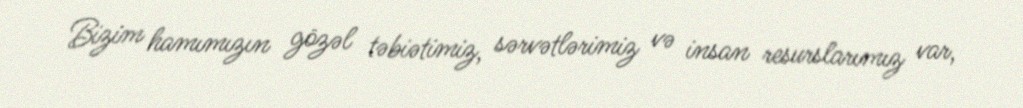
Bizim hamımızın gözəl təbiətimiz, sərvətlərimiz və insan resurslarımız var,